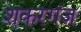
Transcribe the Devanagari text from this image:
शकरगंज